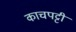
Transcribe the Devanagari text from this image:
काचपट्टी